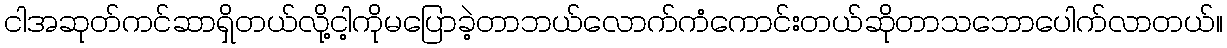
ငါအဆုတ်ကင်ဆာရှိတယ်လို့ငါ့ကိုမပြောခဲ့တာဘယ်လောက်ကံကောင်းတယ်ဆိုတာသဘောပေါက်လာတယ်။